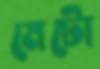
মেটো